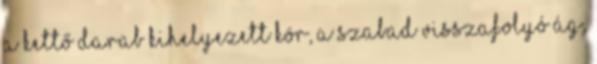
a kettő darab kihelyezett kör, a szabad visszafolyó ág,